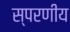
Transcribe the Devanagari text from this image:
स्परणीय